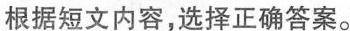
根据短文内容,选择正确答案.